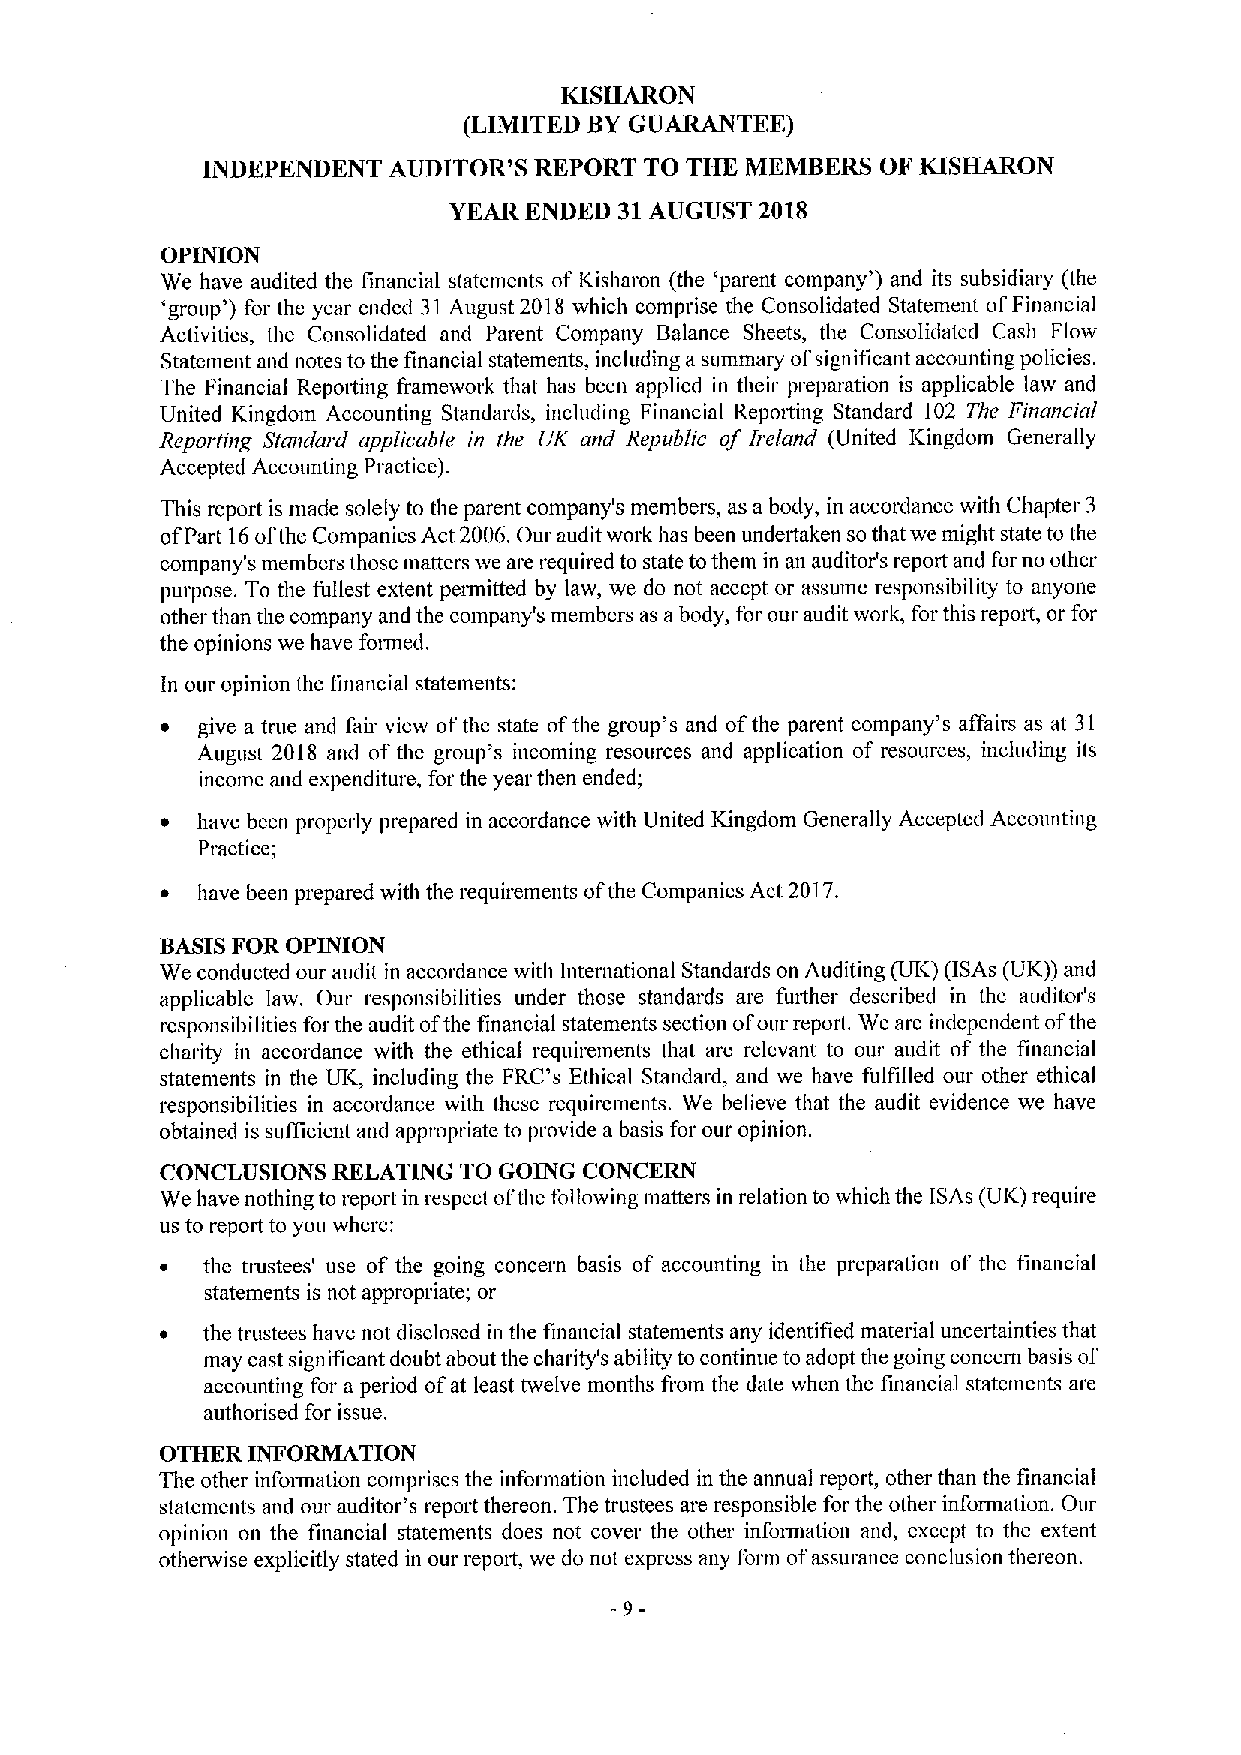
KISHARON
 (LIMITED BYGUARANTEE)
 INDEPENDENT  AUDITOR'S REPORT TO THK MEMBERS OF KISHARON
 YEAR ENDED 31AUGUST 2018
 OPINION
 We have audited the financial statements ofKisharon (the 'parent company') and its subsidiaiy (the
 'group') for the year ended 31August 2018 which comprise the Consolidated Statement ofFinancial
 Activities, the Consolidated and Parent Company Balance Sheets, the Consolidated Cash Flow
 Statement and notes to the financial statements, including a summary ofsignificant accounting policies.
 The Financial Repoiting framework that has been applied in their preparation is applicable law and
 United Kingdom Accounting Standards, including Financial Reporting Standard 102 The Financial
 Reporting Standard applicable in the UK and Republic of Ireland (United Kingdom Generally
 Accepted Accounting Practice).
 This report is made solely to the parent company's members, as a body, in accordance with Chapter 3
 ofPart 16ofthe Companies Act 2006.Our audit work has been undertaken so that we might state to the
 company's members those matters we are required to state tothem in an auditor's report and for no other
 purpose. To the fullest extent peimitted by law, we do not accept or assume responsibility to anyone
 other than the company and the company's members as abody, for our audit work, for this report, or for
 the opinions we have foimed.
 In our opinion the financial statements:
 ~ give a true and fair view ofthe state ofthe group's and ofthe parent company's affairs as at 31
 August 2018 and of the group's incoming resources and application of resources, including its
 income and expenditure, for the year then ended;
 ~ have been properly prepared in accordance with United Kingdom Generally Accepted Accounting
 Practice;
 ~ have been prepared with the requirements ofthe Companies Act 2017.
 BASISFOR OPINION
 We conducted our audit in accordance with International Standards on Auditing (UK) (ISAs (UK)) and
 applicable law. Our responsibilities under those standards are further described in the auditor's
 responsibilities for the audit ofthe financial statements section ofour report. We are independent ofthe
 charity in accordance with the ethical requirements that are relevant to our audit of the financial
 statements in the UK, including the FRC's Ethical Standard, and we have fulfilled our other ethical
 responsibilities in accordance with these requirements. We believe that the audit evidence we have
 obtained is sufficient and appropriate to provide a basis for our opinion.
 CONCLUSIONS RELATING TO GOING CONCERN
 We have nothing to report in respect ofthe following matters in relation to which the ISAs (UK) require
 us to report to you where:
 ~ the trustees' use of the going concern basis of accounting in the preparation of the financial
 statements is not appropriate; or
 ~ the trustees have not disclosed in the financial statements any identified material uncertainties that
 may cast significant doubt about the charity's ability to continue to adopt the going concern basis of
 accounting for a period ofat least twelve months froin the date when the financial statements are
 authorised for issue.
 OTHER INFORMATION
 The other infoimation comprises the information included in the annual report, other than the financial
 statements and our auditor's report thereon. The trustees are responsible for the other information. Our
 opinion on the financial statements does not cover the other infoimation and, except to the extent
 otherwise explicitly stated in our report, we do not express any form ofassurance conclusion thereon.